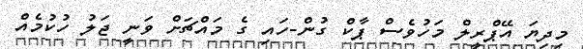
މިދިޔަ އޭޕްރީލް މަހުވެސް ޕާކް ގުން-ހައި ގެ މައްޗަށް ވަނީ ޖަލު ހުކުމެއް